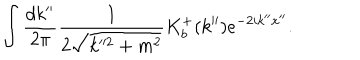
\int \frac { d k ^ { \prime \prime } } { 2 \pi } \frac { 1 } { 2 \sqrt { k ^ { 2 } + m ^ { 2 } } } K _ { b } ^ { + } ( k ^ { \prime \prime } ) e ^ { - 2 i k ^ { \prime \prime } x ^ { \prime \prime } } .